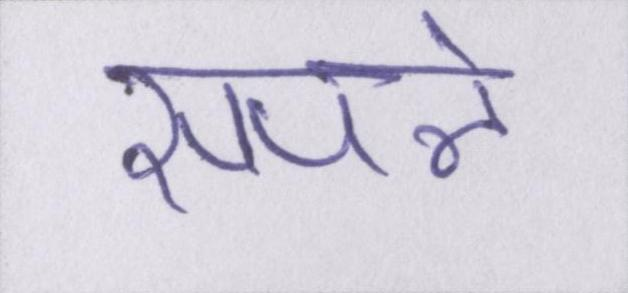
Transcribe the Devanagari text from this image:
सपने